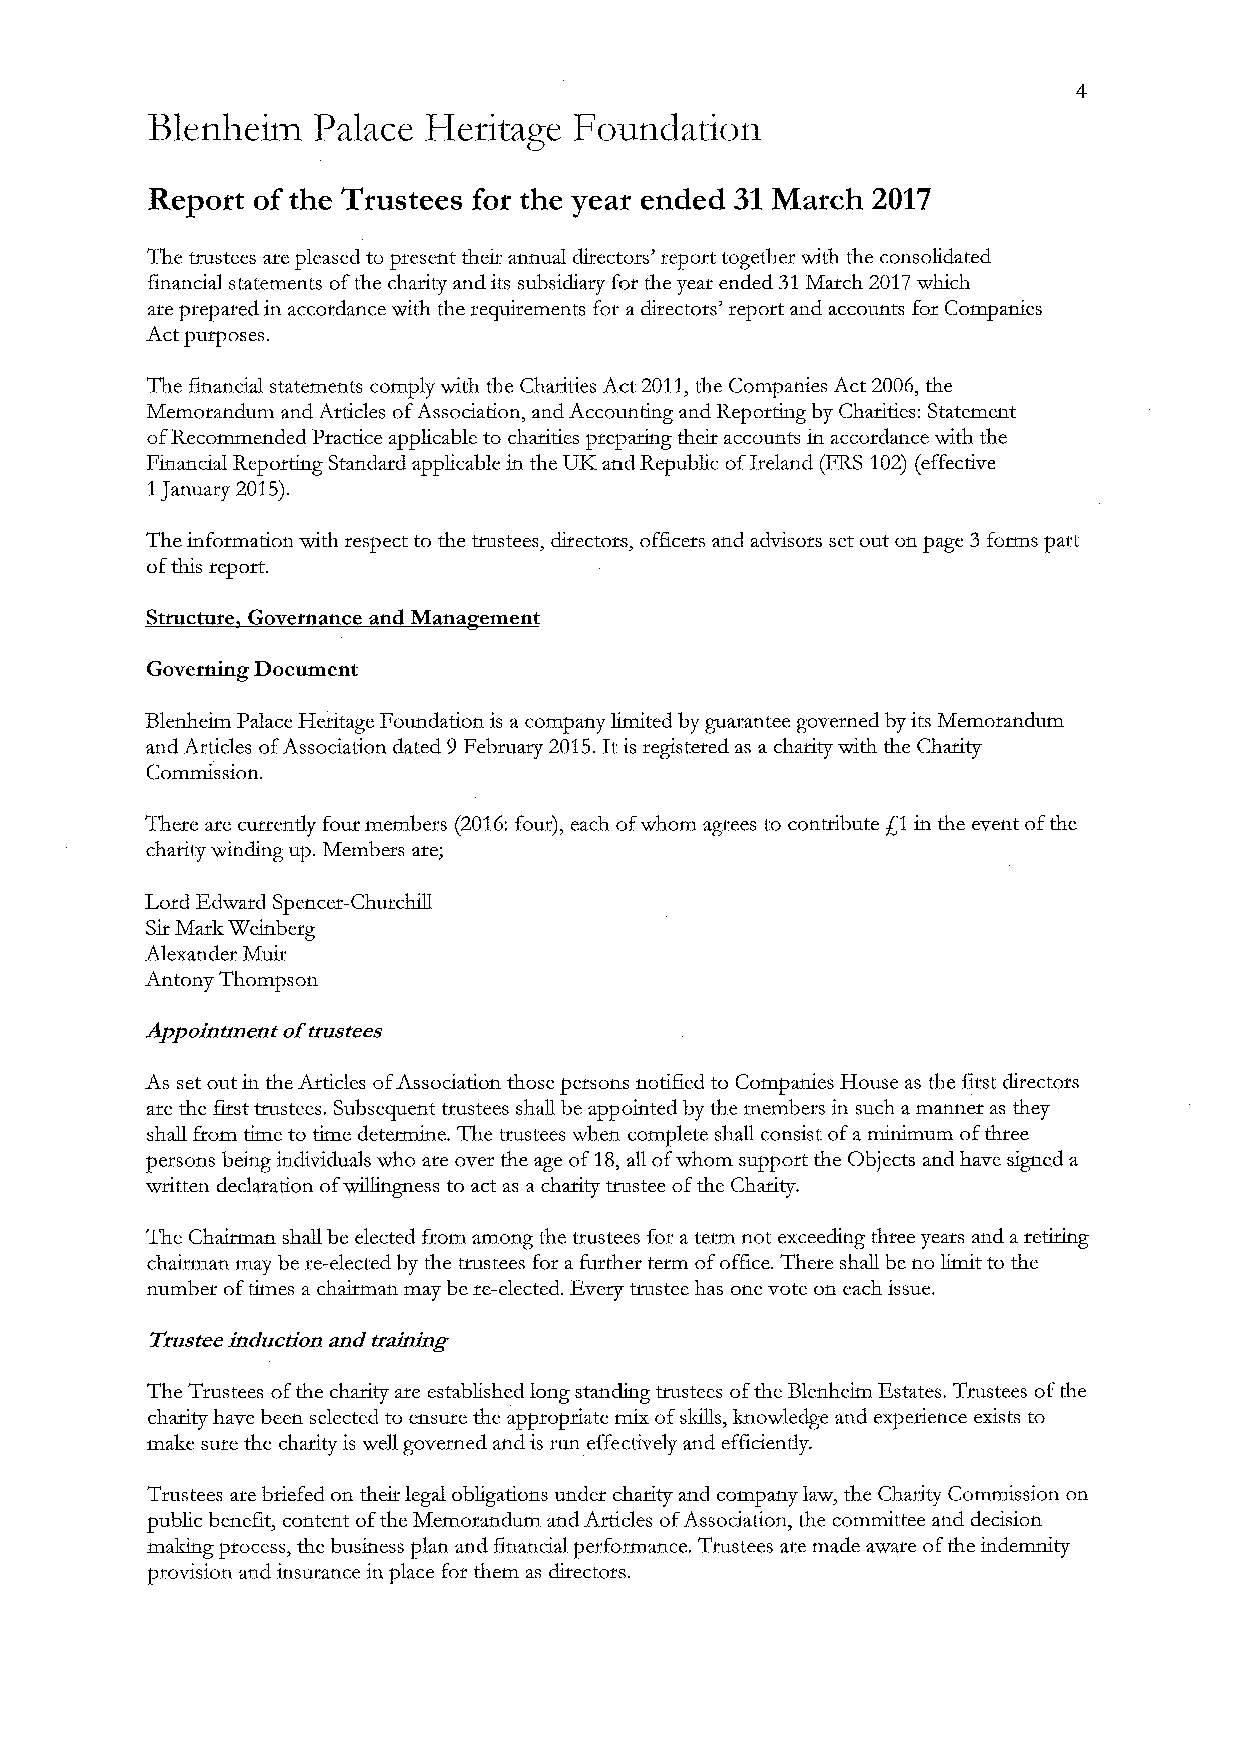
Blenheim   Palace Heritage  Foundation
 Report ofthe Trustees for the year ended 31March 2017
 The trustees are pleased to present their annual directors' report together with the consolidated
 financial statements ofthe charity and its subsidiaty for the year ended 31March 2017which
 are prepaied in accordance with the requirements for a directors' report and accounts for Companies
 Act purposes.
 The financial statements comply with the Charities Act 2011,the Companies Act 2006, the
 Memorandum and Articles ofAssociation, and Accounting and Reporting by Chafities: Statement
 ofRecommended Pxactice applicable to charities preparing their accounts in accordance with the
 Financial Reporting Standard applicable in the UI&and Republic ofIreland (FRS 102) (effective
 1January 2015).
 The information with respect to the trustees, directors, officers and advisors set out on page 3forms patt
 oftins report.
 Structure Governance and Mana ement
 Governing Document
 Blenheim Palace Heritage Foundation is a company limited by guarantee govetned by its Memorandum
 and Articles ofAssociation dated 9February 2015.Itis registered as a charity with the Charity
 Commission.
 There are currently four members (2016:four), each ofwhom agrees to contribute g1 in the event ofthe
 charity winding up. Members are;
 Lord Edward Spencer-Churchill
 SirMark Weinberg
 Alexander Muir
 Antony Thompson
 Appointment oftrustees
 As set out in the Articles ofAssociation those persons notified to Companies House as the first directors
 are the first ttustees. Subsequent trustees shall be appointed by the members in such amanner as they
 shall from time to time determine. The trustees when complete shall consist ofaminimum ofthree
 persons being individuals who are over the age of18,all ofwhom support the Objects and have signed a
 written declaration ofwillingness to act as a charity trustee ofthe Charity.
 The Chairman shall be elected from among the trustees for a term not exceeding thtee years and aretIxing
 chairman may be re-elected by tlie trustees for a further term ofoffice. There shall be no limit to the
 number oftimes a chairman may be re-elected. Every trustee has one vote on each issue.
 Trusteeinduction and training
 The Trustees ofthe charity axe established long standing trustees ofthe Blenheim Estates. Trustees ofthe
 chaxity have been selected to ensure the appropriate mix ofskills, knowledge and experience exists to
 make sure the charity is well governed and is run effectively and efficiently.
 Trustees are bfiefed on their legal obligations under chafity and company law, the Charity Commission on
 public benefit, content ofthe Memoxandum and Articles ofAssociation, the committee and decision
 making process, the business plan and financial perfoxmance. Trustees aie made aware ofthe indemnity
 provision and insurance in place for them as directors.